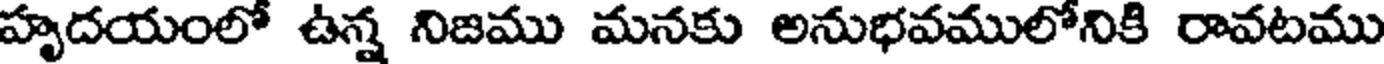
హృదయంలో ఉన్న నిజము మనకు అనుభవములోనికి రావటము